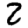
Digit: 2